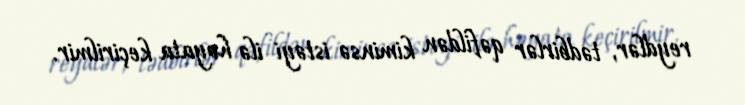
reydlər, tədbirlər qəfildən kiminsə istəyi ilə həyata keçirilmir.